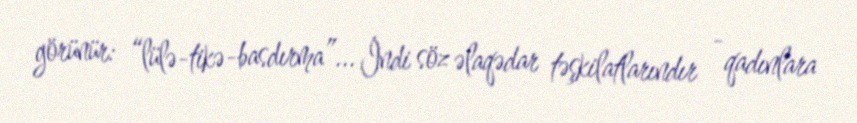
görünür: “lülə-tikə-basdırma”... İndi söz əlaqədar təşkilatlarındır - qadınlara